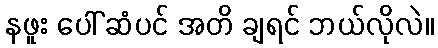
နဖူး ပေါ် ဆံပင် အတိ ချရင် ဘယ်လိုလဲ။